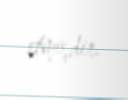
etmişdir.